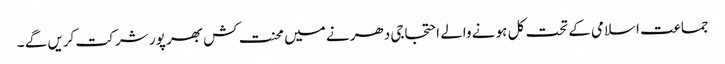
جماعت اسلامی کے تحت کل ہو نے والے احتجاجی دھر نے میں محنت کش بھر پور شر کت کریں گے ۔